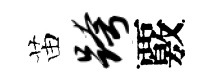
苗跨覈